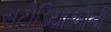
સટોડિયાઓની